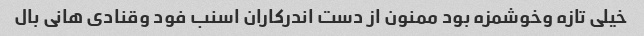
خیلی تازه وخوشمزه بود ممنون از دست اندرکاران اسنب فود وقنادی هانی بال